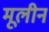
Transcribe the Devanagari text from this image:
मूलीन